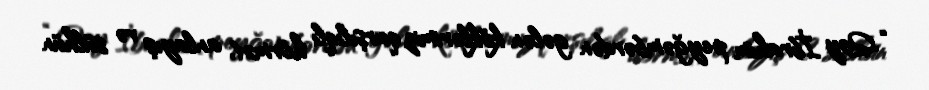
“Qoy İbrahim peyğəmbərdən gələn köklərimiz qarşılıqlı hörmət, anlayış və sülhün